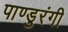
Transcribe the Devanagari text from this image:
पाण्डुरंगी